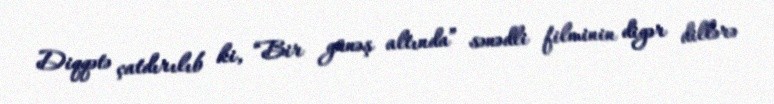
Diqqətə çatdırılıb ki, “Bir günəş altında” sənədli filminin digər dillərə